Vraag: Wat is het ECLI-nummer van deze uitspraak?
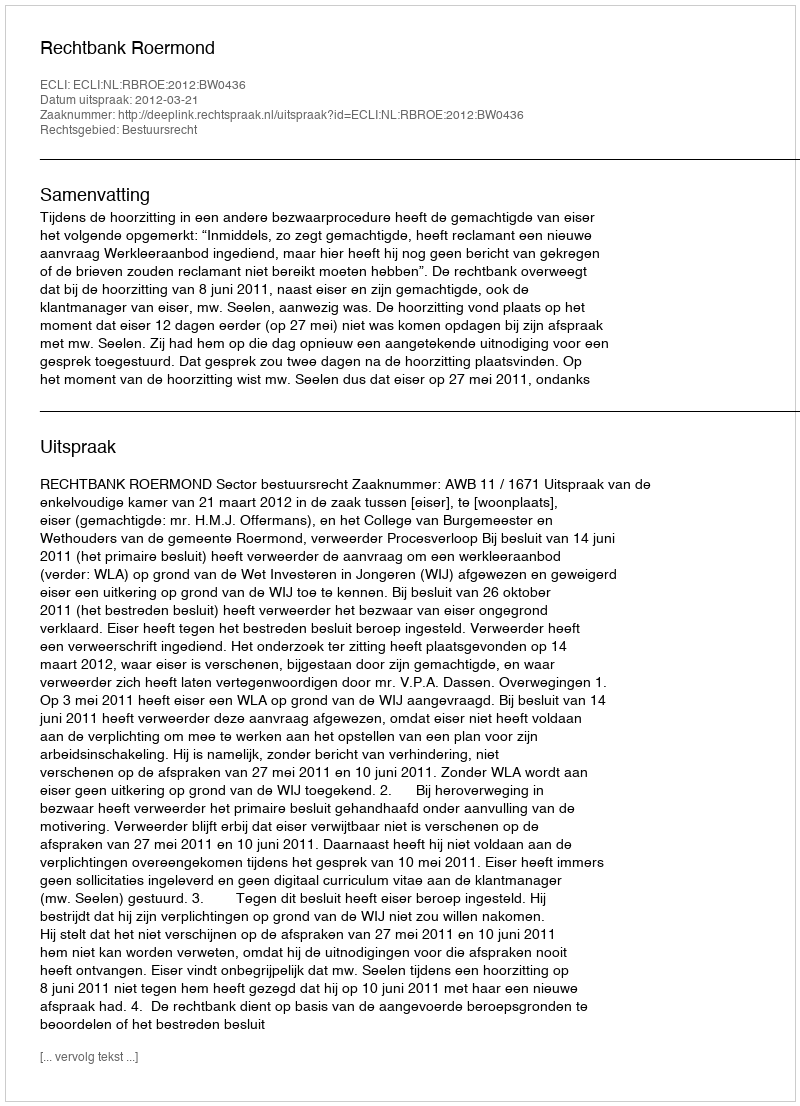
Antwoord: ECLI:NL:RBROE:2012:BW0436